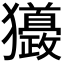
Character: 𤣙